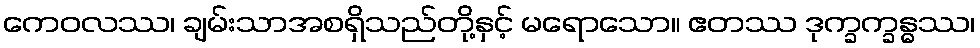
ကေဝလဿ၊ ချမ်းသာအစရှိသည်တို့နှင့် မရောသော။ ဧတဿ ဒုက္ခက္ခန္ဓဿ၊